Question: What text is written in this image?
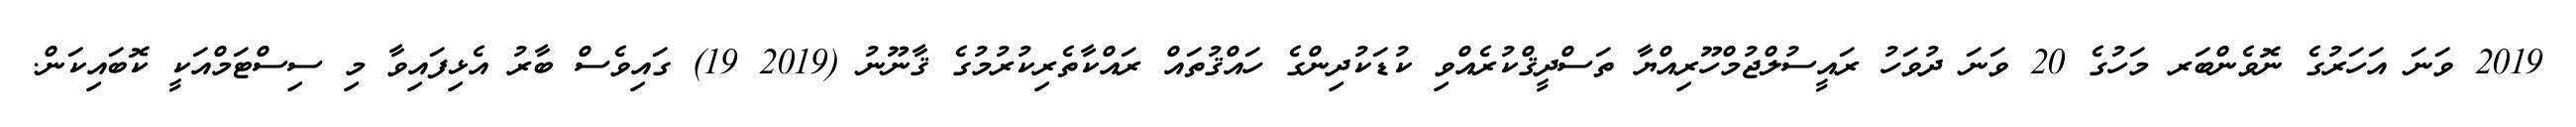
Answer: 2019 ވަނަ އަހަރުގެ ނޮވެންބަރ މަހުގެ 20 ވަނަ ދުވަހު ރައީސުލްޖުމްހޫރިއްޔާ ތަސްދީޤްކުރެއްވި ކުޑަކުދިންގެ ހައްޤުތައް ރައްކާތެރިކުރުމުގެ ޤާނޫނު (2019 19) ގައިވެސް ބާރު އެޅިފައިވާ މި ސިސްޓަމްއަކީ ކޮބައިކަން.